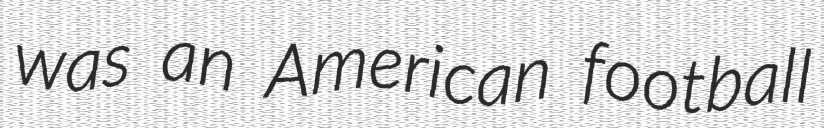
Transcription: was an American football